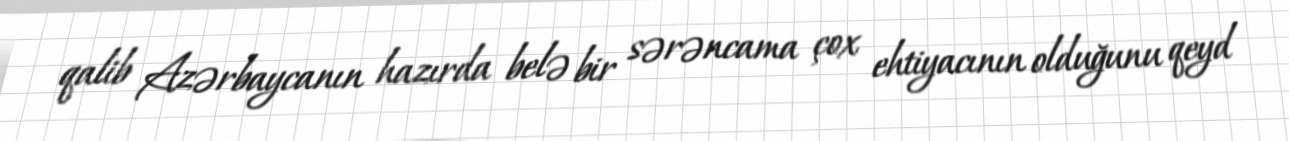
qalib Azərbaycanın hazırda belə bir sərəncama çox ehtiyacının olduğunu qeyd